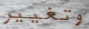
وتغيير